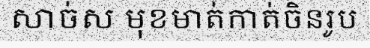
សាច់ស មុខមាត់កាត់ចិនរូប